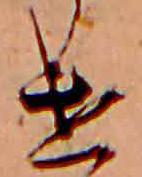
け